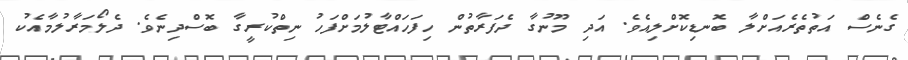
ގެނެސް އަތުތެރެއަށްލާ ބޮނޑިކޮށްލިއެވެ. އަދި މޫނުގާ ދެފަރާތުން ހިފަހައްޓާލުމަށްފަހު ނިތްކުރީގާ ބޮސްދިނެވެ. ދެލޯމަރާލުމާއެކު